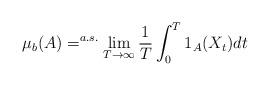
LaTeX: \begin{align*} \mu_b(A) =^{a.s.} \lim_{T \to \infty} \frac{1}{T}\int_0^T 1_A(X_t)dt\end{align*}